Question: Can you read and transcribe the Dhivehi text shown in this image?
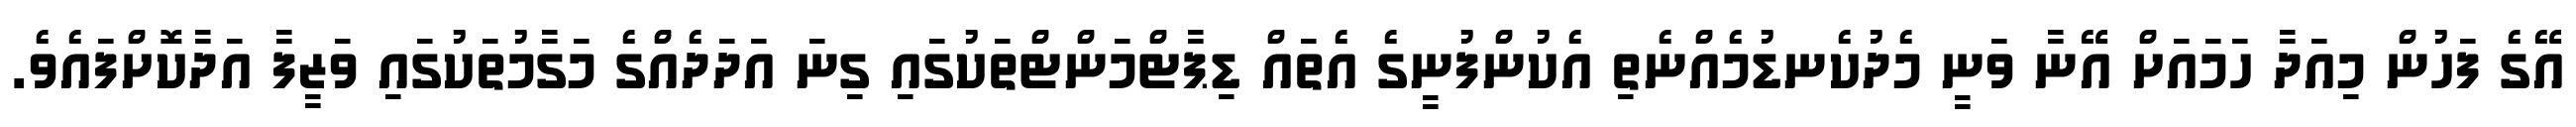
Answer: އޭގެ ފަހުން މިއަދާ ހަމައަށް އޭނާ ވަނީ މެދުކެނޑުމެއްނެތި އެކުންފުނީގެ އެތައް ޑިޕާޓްމަންޓްތަކުގައި ގިނަ އަދަދެއްގެ މަގާމުތަކުގައި ވަޒީފާ އަދާކޮށްފައެވެ.